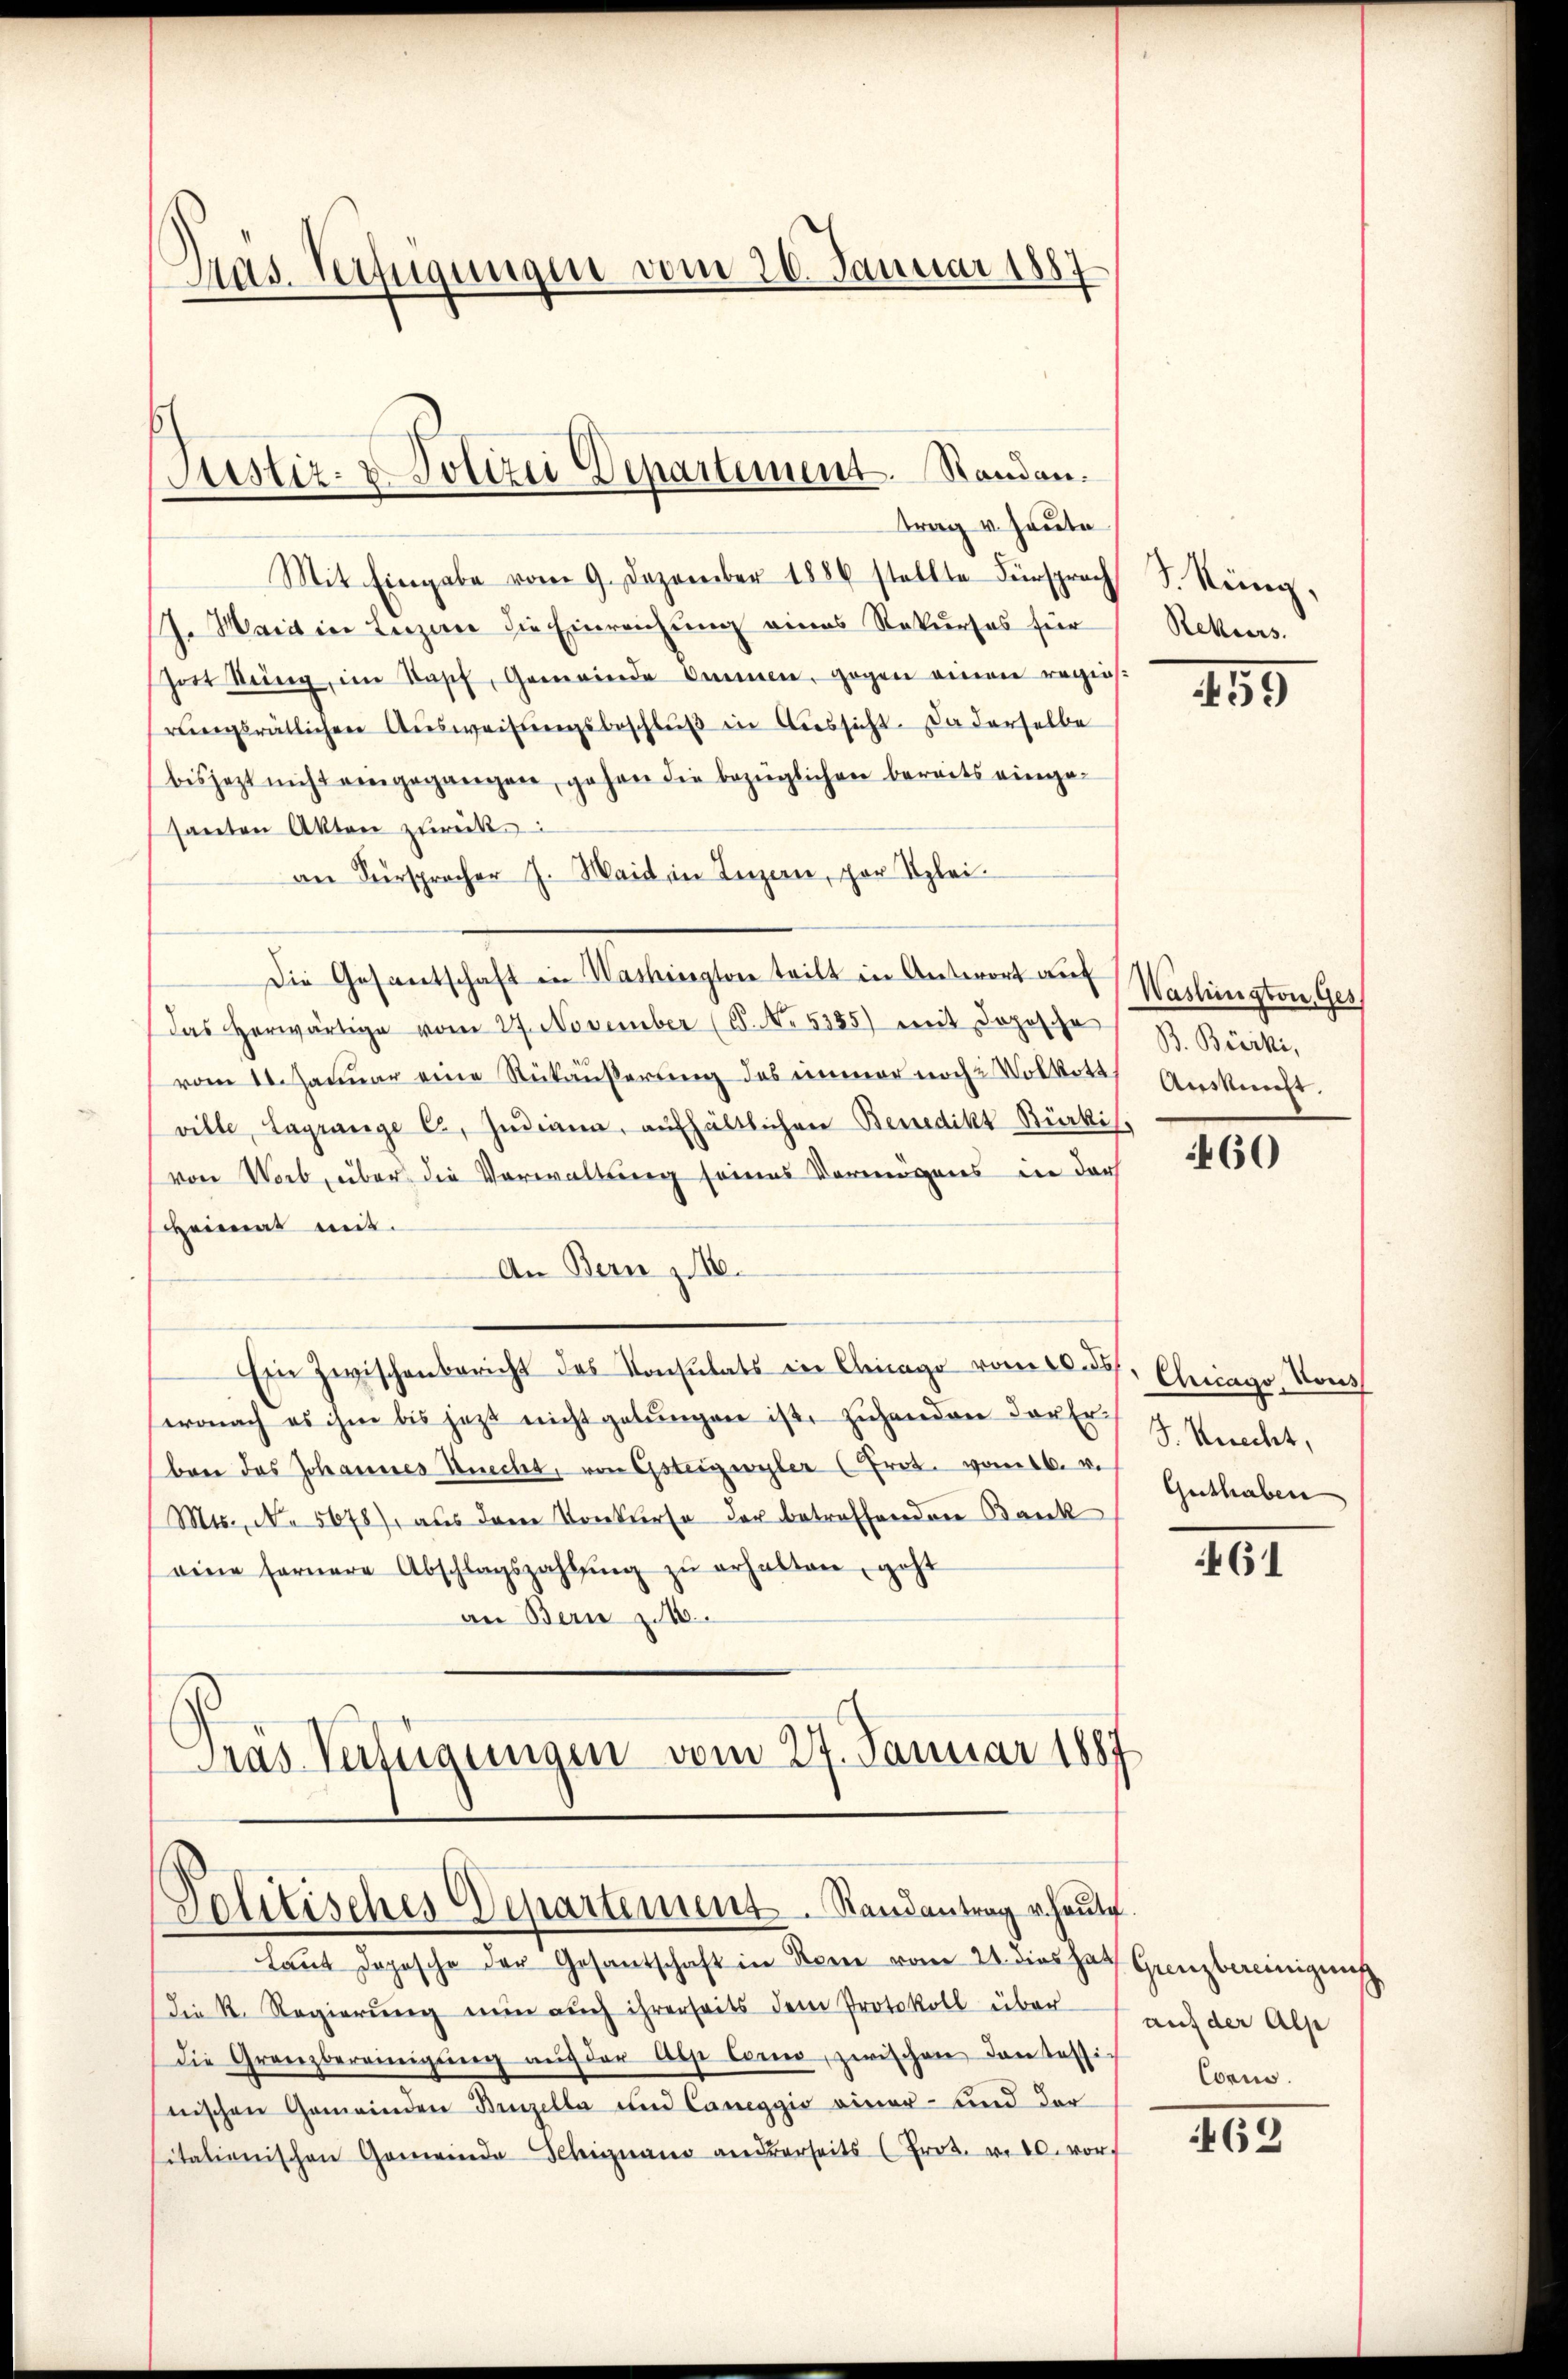
Pas. Verfügungen vom 20. Januar 1887

Justiz- & Polizei Departement. Standen.
trag v. Heute

Mit Eingabe vom 9. Dezember 1886 stellte Fürsprach
7. Maidin Luzern die Einreichung eines Rekurses für
sort dring, im Kopf, Gemeinde Ommen, gegen einen regis-
rŭngsrätlichen Aŭsweisŭngsbeschlŭβ in Aussicht. Da derselbe
bisjetzt nicht eingegangen, gehen die bezüglichen bereits einge-
santen Akten zurück
an Fürspracher J. Waid in Luzern, par Klei¬
Die Gesantschaft in Washington teilt in Antwort auf
Das herwärtige vom 27. November (S. No 5255) mit Jopische
vom 11. Januar eine Rükäußerung des immer noch Volkott
ville Lagrange C. Indiam, aufhältlichen Benedikt-Bürkis
von Worb, über die Verwaltung seines Vermögens ein der
Heimat mit.
An Bern z. 16.
Ein Zwischenbericht des Konsulats in Chicago vom 20. ds. Chicago, Son
wonach es ihm bis jetzt nicht gelungen ist, zuhanden dort 4. Knecht,
ben das Johannes Knecht, von Gsteigwyler (Prok. von des Guthaben
Mts., N. 5678), aus dem Konkurse der betreffenden Bank
eine fernere Abschlagszahlŭng zŭ erhalten, geht
an Bern zu 16
Gras Verfügungen vom 24. Januar 1887

Politisches Departement. Randantrag u. heute.

Laut Dopische der Gesantschaft in Rom vom 21. dies hat
die K. Regierŭng nŭn aŭch ihrerseits dem Protokoll über
Die Granzbereinigŭng aŭf der Alpe Como, zwischen Dantassi-
nischen Gemeinden Binzella und Cameggio einer- und der
sitationischen Gemeinde Schignano anderseits (Prot. v. 20. vor

S. König.
Rekurs.

259

Washington, Ges
B. Brocki,
Auskunst,

460

461

Grenzbereinigung
auf der Alp
Conno.

462